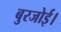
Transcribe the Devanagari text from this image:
बुरजोई।